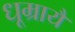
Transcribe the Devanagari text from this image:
धूम्रायै